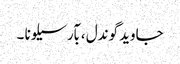
جاوید گوندل ، بآرسیلونا ۔